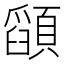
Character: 𮨚